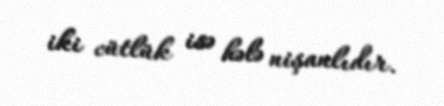
iki cütlük isə hələ nişanlıdır.